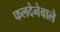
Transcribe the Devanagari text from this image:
फलदेनेवाले